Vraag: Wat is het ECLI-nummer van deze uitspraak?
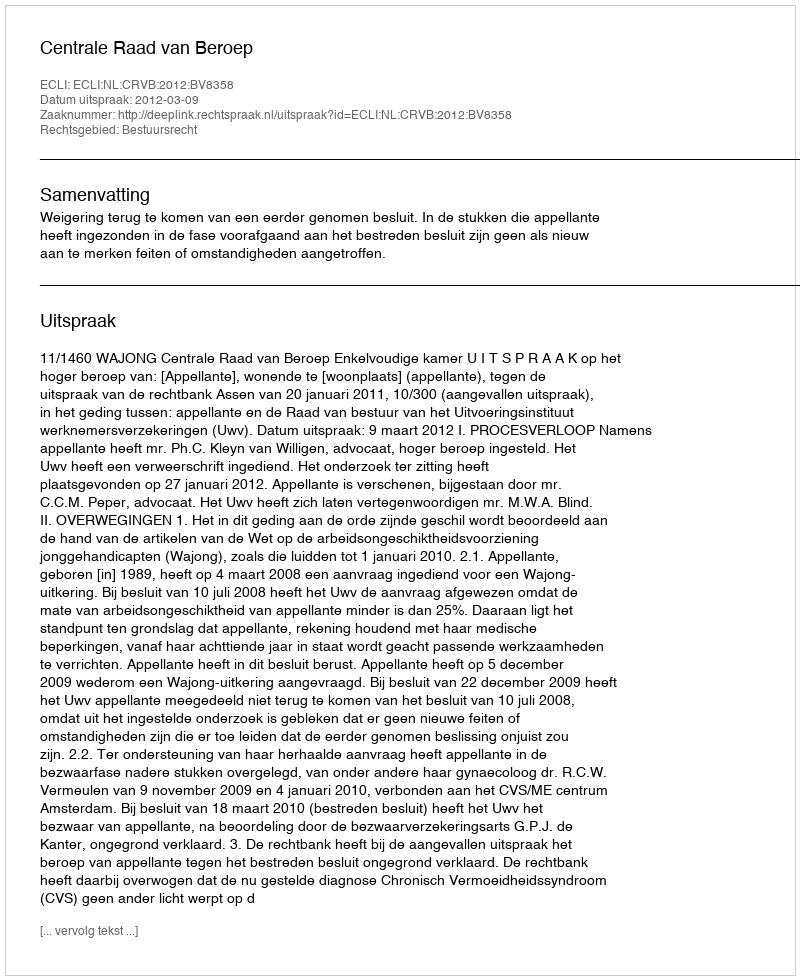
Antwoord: ECLI:NL:CRVB:2012:BV8358